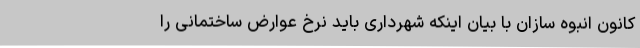
کانون انبوه سازان با بیان اینکه شهرداری باید نرخ عوارض ساختمانی را